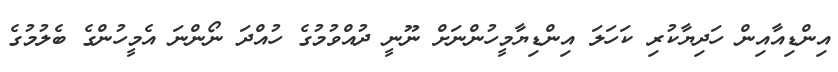
އިންޑިއާއިން ހަދިޔާކުރި ކަހަލަ އިންޑިޔާމީހުންނަށް ނޫނީ ދުއްވުމުގެ ހުއްދަ ނޯންނަ އެމީހުންގެ ބެލުމުގެ